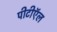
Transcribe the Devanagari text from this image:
पीटीऍल